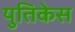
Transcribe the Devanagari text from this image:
युतिकेस